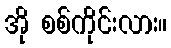
အို စစ်ကိုင်းလား။